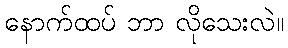
နောက်ထပ် ဘာ လိုသေးလဲ။